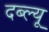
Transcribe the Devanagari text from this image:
दब्ल्यू